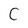
Character: C